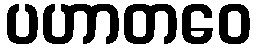
ပဟာတဝေ